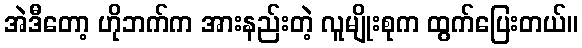
အဲဒီတော့ ဟိုဘက်က အားနည်းတဲ့ လူမျိုးစုက ထွက်ပြေးတယ်။